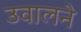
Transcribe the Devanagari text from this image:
उवालने